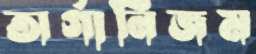
অর্গানিজম